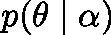
p ( \mathbf { \theta } \mid \mathbf { \alpha } )